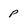
Character: p